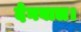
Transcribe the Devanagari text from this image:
देनवाल।